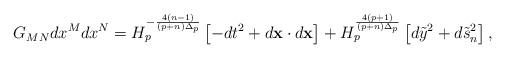
LaTeX: \begin{align*}G_{MN}dx^Mdx^N=H^{-{{4(n-1)}\over{(p+n)\Delta_p}}}_p\left[-dt^2+d{\bf x}\cdot d{\bf x}\right]+H^{{4(p+1)}\over{(p+n)\Delta_p}}_p\left[d\tilde{y}^2+d\tilde{s}^2_n\right],\end{align*}